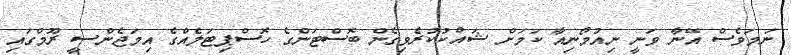
ނަމަވެސް އޭނާ ވަނީ ނިއުމޯނިއާ ކަމަށް ޝައްކުކުރެވިގެން ބޮސްޓަންގެ ހޮސްޕިޓަލެއްގެ އިމަޖެންސީ ރޫމްގައި